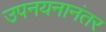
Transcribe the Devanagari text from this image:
उपनयनानंतर